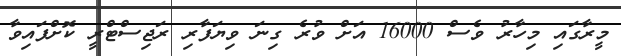
މީރާގައި މިހާރު ވެސް 16000 އަށް ވުރެ ގިނަ ވިޔަފާރި ރަޖިސްޓްރީ ކޮށްފައިވާ